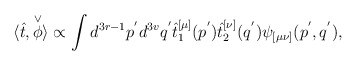
\begin{align*}\langle\hat{t},\stackrel{\vee}{\phi}\rangle\propto\int d^{3r-1}p^{'} d^{3v}q^{'}\hat{t}_1^{[\mu]}(p^{'})\hat{t}_2^{[\nu]}(q^{'})\psi_{[\mu\nu]}(p^{'},q^{'}),\end{align*}